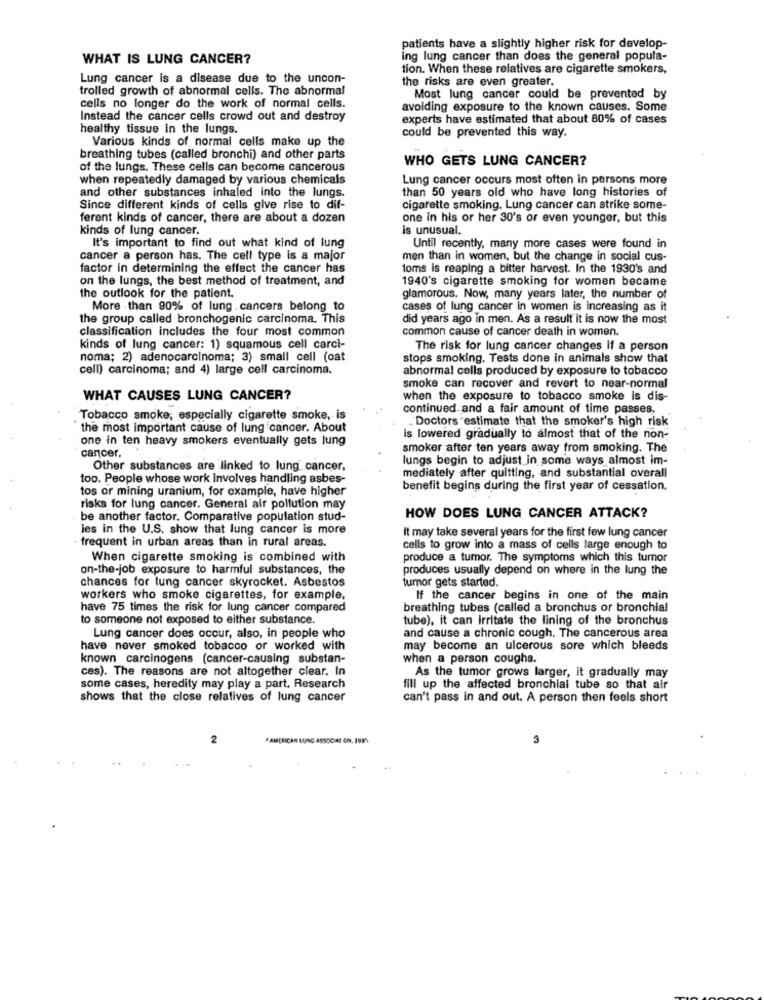
patients have a slightly higher risk for develop-
WHAT IS LUNG CANCER?
ing lung cancer than does the general popula-
tion. When these relatives are cigarette smokers,
Lung cancer is a disease due to the uncon-
the risks are even greater.
trolled growth of abnormal cells. The abnormal
Most lung cancer could be prevented by
cells no longer do the work of normal cells.
avoiding exposure to the known causes. Some
Instead the cancer cells crowd out and destroy
experts have estimated that about 80% of cases
healthy tissue in the lungs.
Various kinds of normal cells make up the
could be prevented this way.
breathing tubes (called bronchi) and other parts
WHO GETS LUNG CANCER?
of the lungs. These cells can become cancerous
when repeatedly damaged by various chemicals
Lung cancer occurs most often in persons more
and other substances inhaled into the lungs.
than 50 years old who have long histories of
Since different kinds of cells give rise to dif-
cigarette smoking. Lung cancer can strike some-
ferent kinds of cancer, there are about a dozen
one in his or her 30's or even younger, but this
kinds of lung cancer.
is unusual.
It's important to find out what kind of lung
Until recently, many more cases were found in
cancer a person has. The cell type is a major
men than in women, but the change in social cus-
factor in determining the effect the cancer has
toms is reaping a bitter harvest. In the 1930's and
on the lungs, the best method of treatment, and
1940's cigarette smoking for women became
the outlook for the patient.
glamorous. Now, many years later, the number of
More than 90% of lung cancers belong to
cases of lung cancer in women is increasing as it
the group called bronchogenic carcinoma. This
did years ago in men. As a result it is now the most
classification includes the four most common
common cause of cancer death in women.
kinds of lung cancer: 1) squamous cell carci-
The risk for lung cancer changes if a person
noma; 2) adenocarcinoma; 3) small cell (oat
stops smoking. Tests done in animals show that
cell) carcinoma; and 4) large cell carcinoma.
abnormal cells produced by exposure to tobacco
smoke can recover and revert to near-normal
WHAT CAUSES LUNG CANCER?
when the exposure to tobacco smoke is dis-
continued and a fair amount of time passes,
Tobacco smoke; especially cigarette smoke, is
Doctors estimate that the smoker's high risk
the most important cause of lung cancer. About
one in ten heavy smokers eventually gets lung
is lowered gradually to almost that of the non-
smoker after ten years away from smoking. The
cancer.
lungs begin to adjust in some ways almost im-
Other substances are linked to lung cancer,
mediately after quitting, and substantial overall
too. People whose work involves handling asbes-
tos or mining uranium, for example, have higher
benefit begins during the first year of cessation.
risks for lung cancer. General air pollution may
be another factor. Comparative population stud-
HOW DOES LUNG CANCER ATTACK?
les in the U.S. show that lung cancer is more
It may take several years for the first few lung cancer
· frequent in urban areas than in rural areas.
cells to grow into a mass of cells large enough to
When cigarette smoking is combined with
produce a tumor. The symptoms which this tumor
on-the-job exposure to harmful substances, the
produces usually depend on where in the lung the
chances for lung cancer skyrocket. Asbestos
tumor gets started.
workers who smoke cigarettes, for example.
If the cancer begins in one of the main
have 75 times the risk for lung cancer compared
breathing tubes (called a bronchus or bronchial
to someone not exposed to either substance.
tube), it can irritate the lining of the bronchus
and cause a chronic cough. The cancerous area
Lung cancer does occur, also, in people who
have never smoked tobacco or worked with
may become an ulcerous sore which bleeds
known carcinogens (cancer-causing substan-
when a person coughs.
ces). The reasons are not altogether clear. In
As the tumor grows larger, it gradually may
some cases, heredity may play a part, Research
fill up the affected bronchial tube so that air
shows that the close relatives of lung cancer
can't pass in and out. A person then feels short
2
* AMERICAN LUNG ASSOCIAE ON. 198%
3